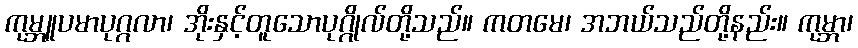
ကုမ္ဘူပမာပုဂ္ဂလာ၊ အိုးနှင့်တူသောပုဂ္ဂိုလ်တို့သည်။ ကတမေ၊ အဘယ်သည်တို့နည်း။ ကုမ္ဘာ၊